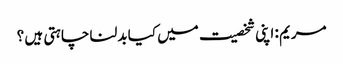
مریم : اپنی شخصیت میں کیا بدلنا چاہتی ہیں ؟